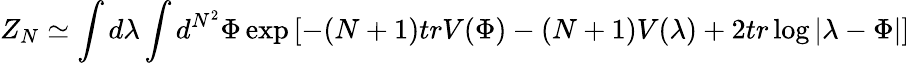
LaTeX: Z_{N}\simeq\int d\lambda\int d^{N^{2}}\Phi\exp\left[-(N+1)trV(\Phi)-(N+1)V(\lambda)+2tr\log|\lambda-\Phi|\right]